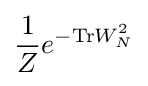
{\frac {1}{Z}}e^{-\mathrm {Tr} W_{N}^{2}}